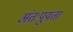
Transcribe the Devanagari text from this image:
अंतःपूयता